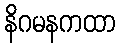
နိဂမနကထာ